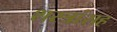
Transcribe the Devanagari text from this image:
शस्त्रांसह